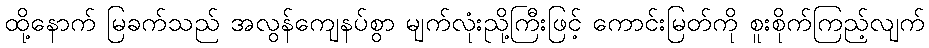
ထို့နောက် မြခက်သည် အလွန်ကျေနပ်စွာ မျက်လုံးညို့ကြီးဖြင့် ကောင်းမြတ်ကို စူးစိုက်ကြည့်လျက်